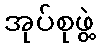
အုပ်စုဖွဲ့